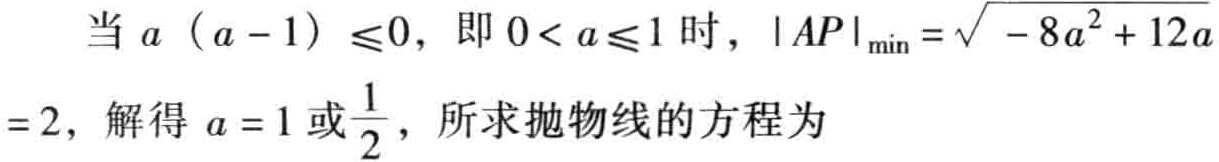
当 \(a (a - 1) \leq0\)，即 \(0< a\leq1\) 时，\(\vert AP\vert_{\min}=\sqrt{- 8a^{2}+12a}=2\)，解得 \(a = 1\) 或\(\frac{1}{2}\)，所求抛物线的方程为